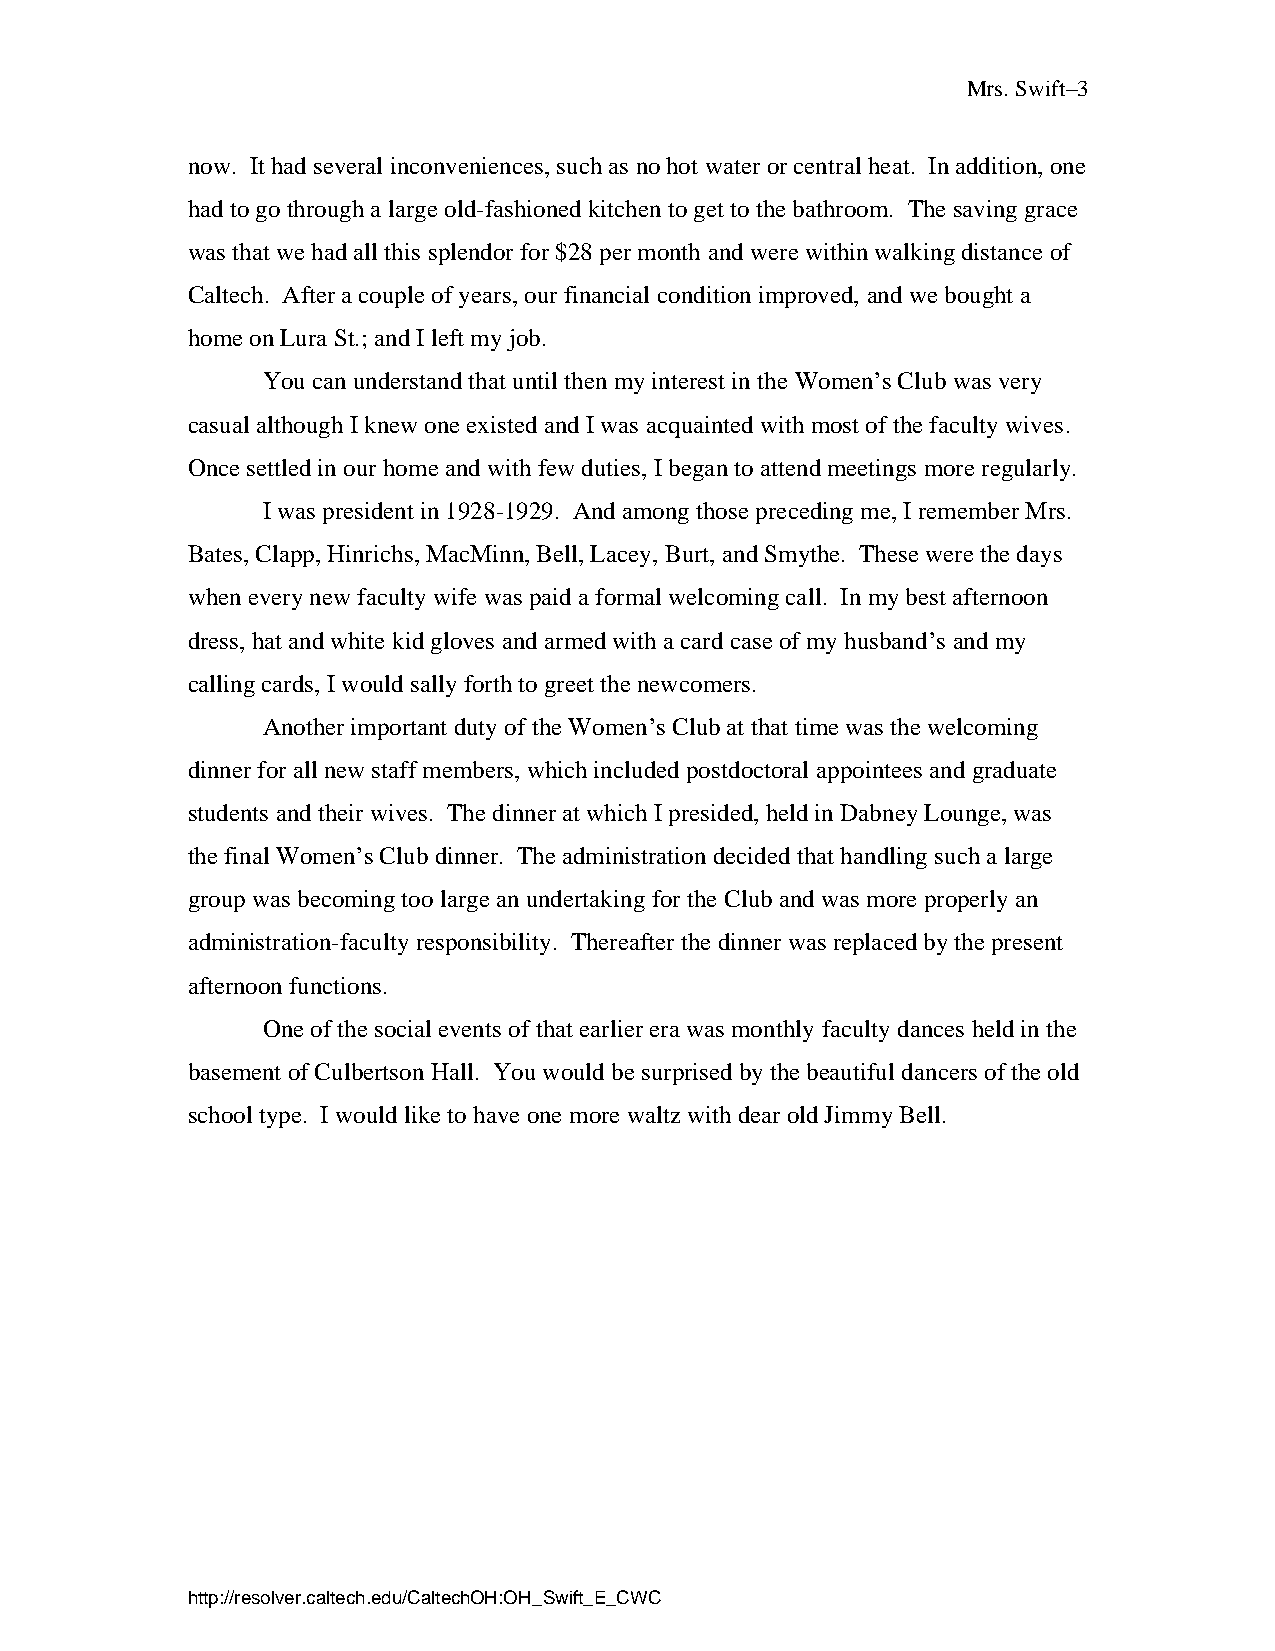
Mrs. Swift–3
 now. It had several inconveniences, such as no hot water or central heat. In addition, one
 had to go through a large old-fashioned kitchen to get to the bathroom. The saving grace
 was that we had all this splendor for $28 per month and were within walking distance of
 Caltech. After a couple of years, our financial condition improved, and we bought a
 home on Lura St.; and I left my job.
 You can understand that until then my interest in the Women’s Club was very
 casual although I knew one existed and I was acquainted with most of the faculty wives.
 Once settled in our home and with few duties, I began to attend meetings more regularly.
 I was president in 1928-1929. And among those preceding me, I remember Mrs.
 Bates, Clapp, Hinrichs, MacMinn, Bell, Lacey, Burt, and Smythe. These were the days
 when every new faculty wife was paid a formal welcoming call. In my best afternoon
 dress, hat and white kid gloves and armed with a card case of my husband’s and my
 calling cards, I would sally forth to greet the newcomers.
 Another important duty of the Women’s Club at that time was the welcoming
 dinner for all new staff members, which included postdoctoral appointees and graduate
 students and their wives. The dinner at which I presided, held in Dabney Lounge, was
 the final Women’s Club dinner. The administration decided that handling such a large
 group was becoming too large an undertaking for the Club and was more properly an
 administration-faculty responsibility. Thereafter the dinner was replaced by the present
 afternoon functions.
 One of the social events of that earlier era was monthly faculty dances held in the
 basement of Culbertson Hall. You would be surprised by the beautiful dancers of the old
 school type. I would like to have one more waltz with dear old Jimmy Bell.
 http://resolver.caltech.edu/CaltechOH:OH_Swift_E_CWC